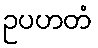
ဥပဟတံ